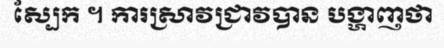
ស្បែក ។ ការស្រាវជ្រាវបាន បង្ហាញថា